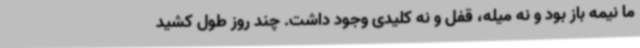
ما نیمه باز بود و نه میله، قفل و نه کلیدی وجود داشت. چند روز طول کشید